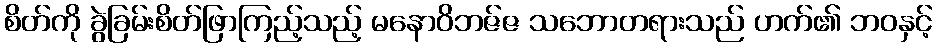
စိတ်ကို ခွဲခြမ်းစိတ်ဖြာကြည့်သည့် မနောဝိဘဇ်ဇ သဘောတရားသည် ဟက်၏ ဘဝနှင့်